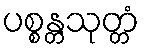
ပစ္စန္တသုတ္တံ